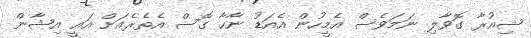
ޝިއުރާ ގޮވާލި ނަމަވެސް އެމީހުން އެއަޑު ނާހާ ގޮސް އެތެރެއަށް އައީ އިޝާން